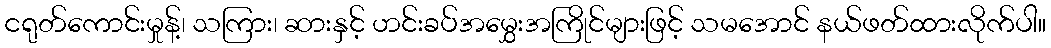
ငရုတ်ကောင်းမှုန့်၊ သကြား၊ ဆားနှင့် ဟင်းခပ်အမွှေးအကြိုင်များဖြင့် သမအောင် နယ်ဖတ်ထားလိုက်ပါ။